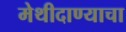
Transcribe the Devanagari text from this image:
मेथीदाण्याचा